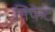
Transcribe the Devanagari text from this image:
निंफेट